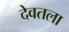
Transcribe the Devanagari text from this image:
देवतला